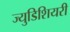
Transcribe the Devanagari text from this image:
ज्युडिशियरी